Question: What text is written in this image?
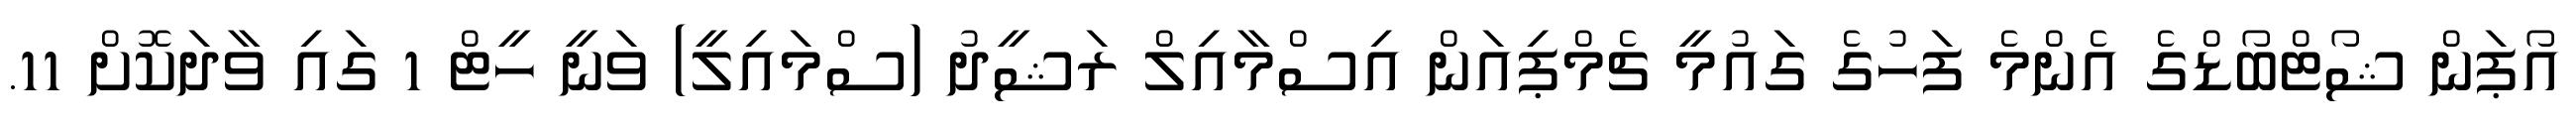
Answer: އޯޕަން ޝޯޓްބޯޑްގެ އެންމެ ފަހުގެ ގައުމީ ޗެމްޕިއަން އިސްމާއިލް ރަޝީދު (ސްމައިލީ) ވަނީ ހީޓް 1 ގައި ވާދަކޮށް 11.